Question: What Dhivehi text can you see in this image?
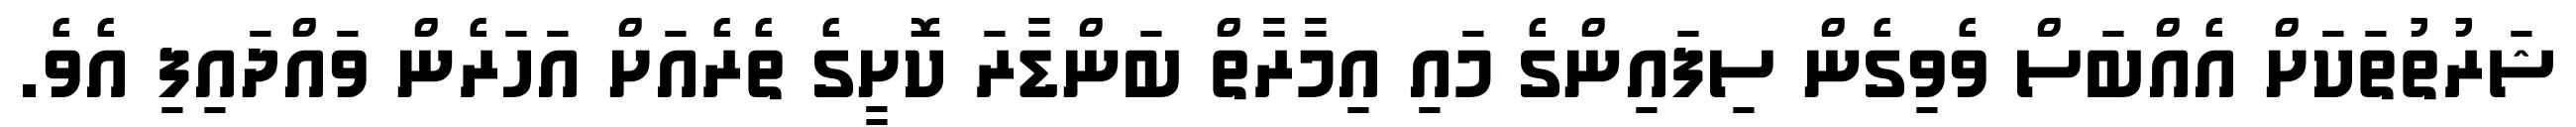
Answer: ޝަރުތުތަކަށް އެއްބަސް ވެވިގެން ސިފައިންގެ މައި އިމާރާތް ބަންޑާރަ ކޮށީގެ ތެރެއަށް އަހަރެން ވައްދައިފި އެވެ.